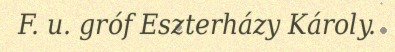
F. u. gróf Eszterházy Károly.